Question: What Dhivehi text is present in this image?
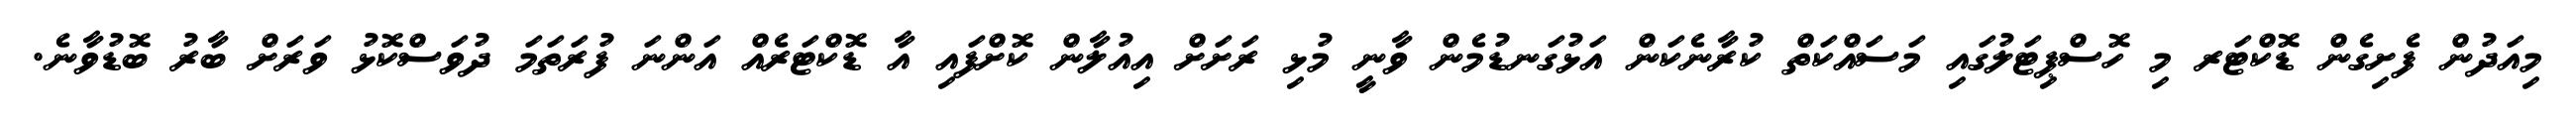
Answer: މިއަދުން ފެށިގެން ޑޮކްޓަރ މި ހޮސްޕިޓަލުގައި މަސައްކަތް ކުރާނެކަން އަޅުގަނޑުމެން ވާނީ މުޅި ރަށަށް އިއުލާން ކޮށްފައި އާ ޑޮކްޓަރެއް އަންނަ ފުރަތަމަ ދުވަސްކޮޅު ވަރަށް ބާރު ބޮޑުވާނެ.